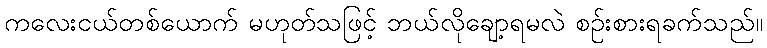
ကလေးငယ်တစ်ယောက် မဟုတ်သဖြင့် ဘယ်လိုချော့ရမလဲ စဉ်းစားရခက်သည်။